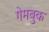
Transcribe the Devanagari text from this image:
गेमबुक